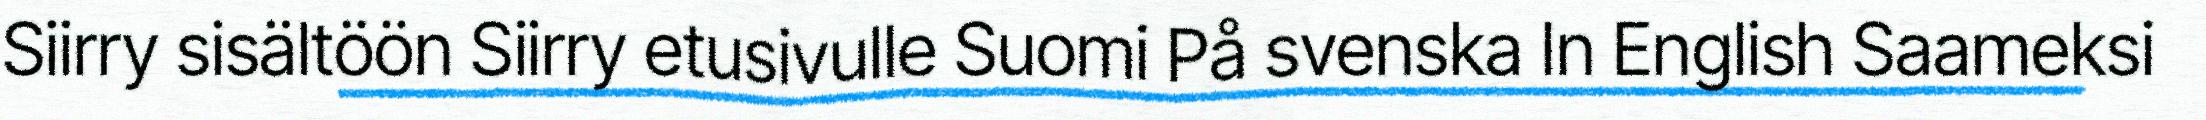
Siirry sisältöön Siirry etusivulle Suomi På svenska In English Saameksi